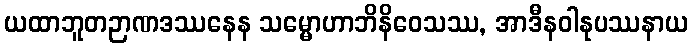
ယထာဘူတဉာဏဒဿနေန သမ္မောဟာဘိနိဝေသဿ, အာဒီနဝါနုပဿနာယ